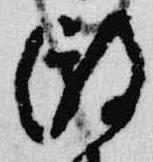
微